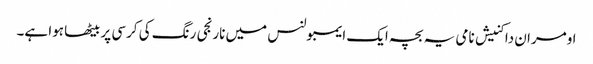
اومران داکنیش نامی یہ بچہ ایک ایمبولنس میں نارنجی رنگ کی کرسی پر بیٹھا ہوا ہے۔